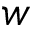
w